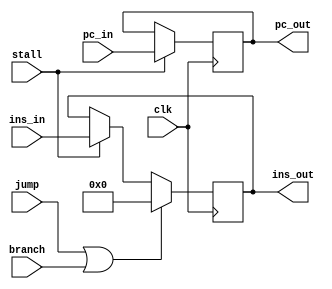
module IFID(input clk, input [15:0] ins_in, input[15:0] pc_in,
			output reg [15:0] ins_out, output reg [15:0] pc_out, input stall, jump, branch);

	initial {ins_out, pc_out} = 32'b 0;        

	always @(posedge clk) begin
		if(stall == 2'b01 || stall == 2'b10) begin					// if stall is 1, IR should be disable
			ins_out = ins_in;
			pc_out = pc_in;
		end
		if(jump || branch) ins_out = 0;                            // flush\kill after jump and branch taken
	end													// in this module branch is same as branch taken
endmodule

///////////////////&